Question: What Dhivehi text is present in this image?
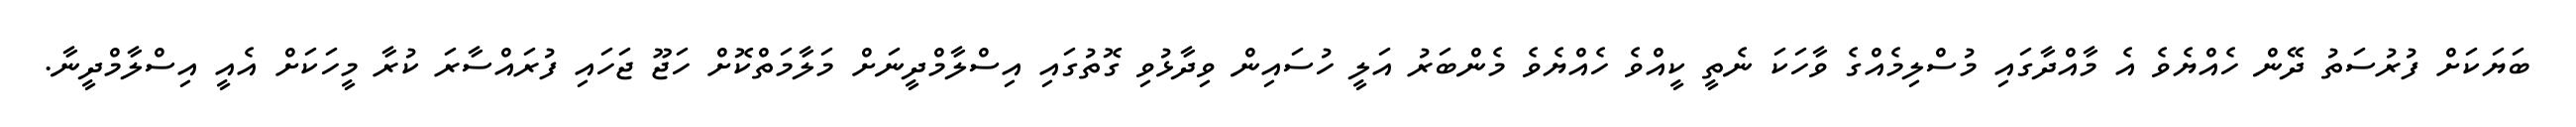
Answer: ބަޔަކަށް ފުރުސަތު ދޭން ހެއްޔެވެ އެ މާއްދާގައި މުސްލިމެއްގެ ވާހަކަ ނެތީ ކީއްވެ ހެއްޔެވެ މެންބަރު އަލީ ހުސައިން ވިދާޅުވި ގޮތުގައި އިސްލާމްދީނަށް މަލާމަތްކޮށް ހަޖޫ ޖަހައި ފުރައްސާރަ ކުރާ މީހަކަށް އެއީ އިސްލާމްދީނާ.